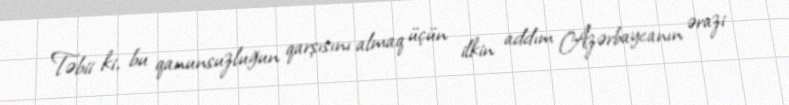
Təbii ki, bu qanunsuzluğun qarşısını almaq üçün ilkin addım Azərbaycanın ərazi